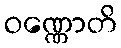
ဝဏ္ဏောတိ